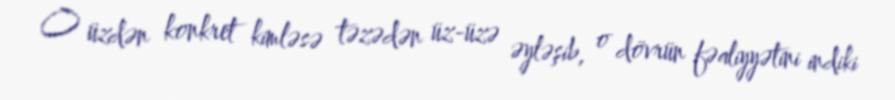
O üzdən konkret kimləsə təzədən üz-üzə əyləşib, o dövrün fəaliyyətini indiki